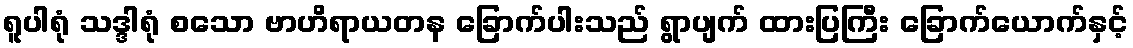
ရူပါရုံ သဒ္ဒါရုံ စသော ဗာဟိရာယတန ခြောက်ပါးသည် ရွာပျက် ထားပြကြီး ခြောက်ယောက်နှင့်